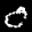
Label: 0